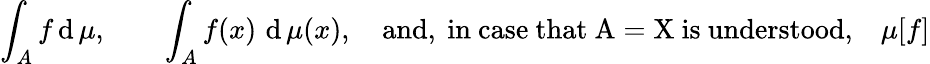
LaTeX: \int_{A}f\operatorname{d}\mu,\qquad\int_{A}f(x)\, \operatorname{d}\mu(x),\quad{\mathrm{and,~in~case~that~A=X~is~understood,}}\quad\mu[f]